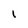
Character: l